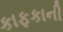
કાફકાની